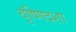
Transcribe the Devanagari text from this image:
वृष्णिदशा